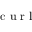
\mathrm { ~ c ~ u ~ r ~ l ~ }